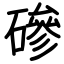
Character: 磣